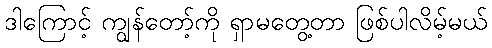
ဒါကြောင့် ကျွန်တော့်ကို ရှာမတွေ့တာ ဖြစ်ပါလိမ့်မယ်